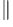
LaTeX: ^{\parallel}